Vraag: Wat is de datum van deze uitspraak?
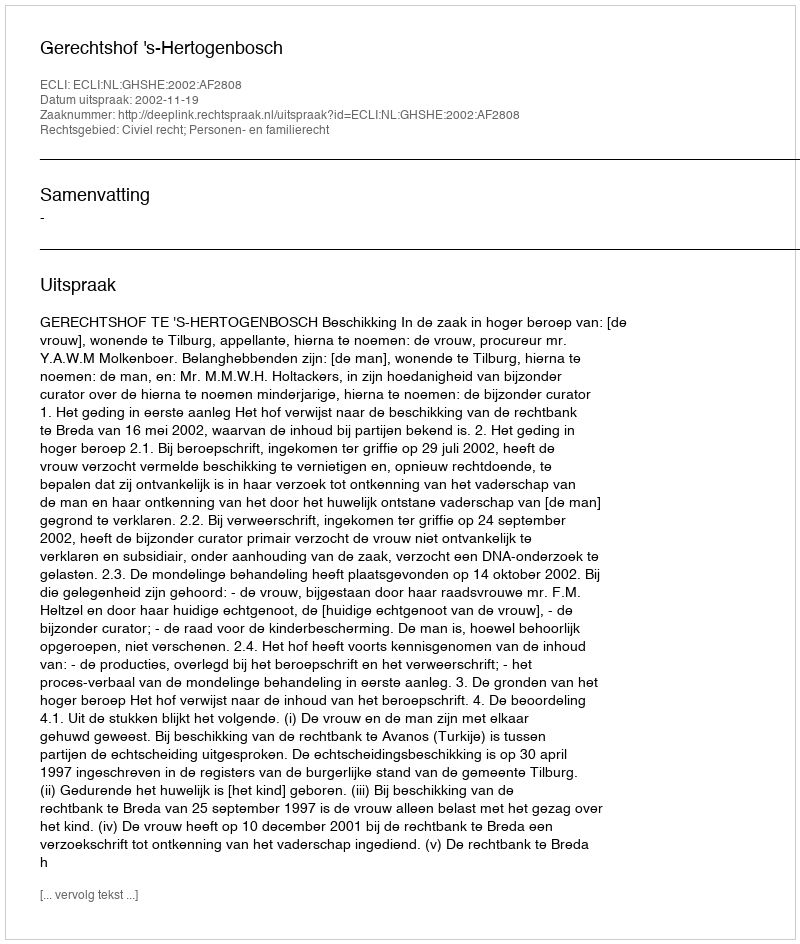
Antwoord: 2002-11-19